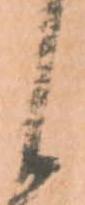
候